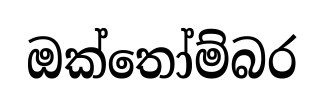
ඔක්තෝම්බර